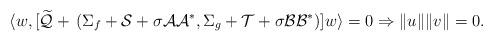
\begin{align*}\langle w, [\widetilde{\mathcal{Q}}+\,(\Sigma_f + \mathcal{S}+\sigma\mathcal{A}\mathcal{A}^*, \Sigma_g + \mathcal{T} + \sigma\mathcal{B}\mathcal{B}^*)]w\rangle = 0 \Rightarrow \|u\|\|v\| = 0.\end{align*}